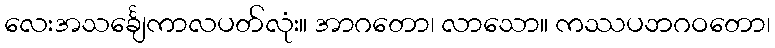
လေးအသင်္ချေကာလပတ်လုံး။ အာဂတော၊ လာသော။ ကဿပဘဂဝတော၊